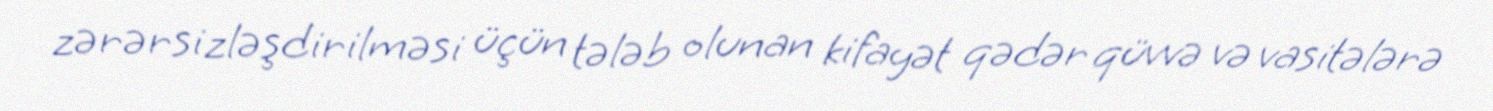
zərərsizləşdirilməsi üçün tələb olunan kifayət qədər qüvvə və vasitələrə